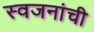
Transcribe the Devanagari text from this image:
स्वजनांची